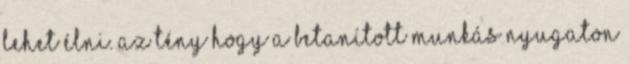
lehet élni. Az tény hogy a betanított munkás Nyugaton